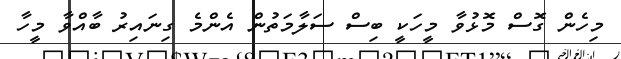
މިހެން ގޮސް މޮޅުވާ މީހަކީ ބިސް ސަލާމަތުން އެންމެ ގިނައިރު ބާއްވާ މީހާ